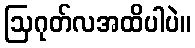
ဩဂုတ်လအထိပါပဲ။